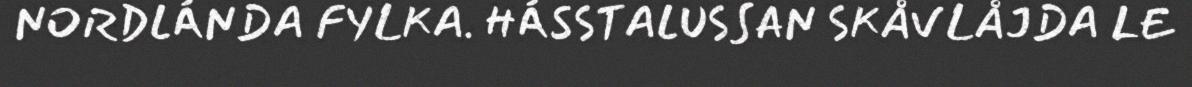
NORDLÁNDA FYLKA. HÁSSTALUSSAN SKÅVLÅJDA LE